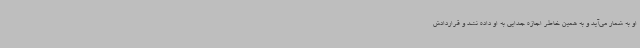
او به شمار می‌آید و به همین خاطر اجازه جدایی به او داده نشد و قراردادش